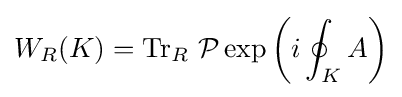
W_{R}(K)=\operatorname {Tr} _{R}\,{\mathcal {P}}\exp \left(i\oint _{K}A\right)